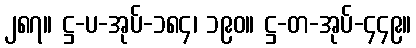
၂၈၇။ ဋ္ဌ-ပ-အုပ်-၁၈၄၊ ၁၉၀။ ဋ္ဌ-တ-အုပ်-၄၄၉။